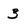
Character: 3